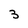
Character: 3